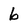
Character: b